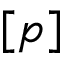
{ [ p ] }